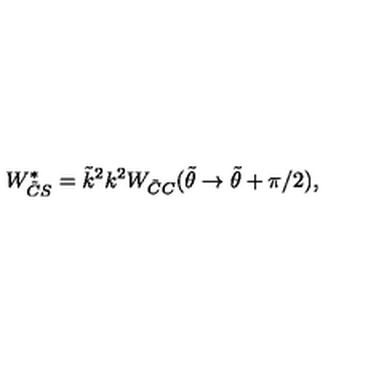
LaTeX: W _ { \tilde { C } S } ^ { * } = \tilde { k } ^ { 2 } k ^ { 2 } W _ { \tilde { C } C } ( \tilde { \theta } \rightarrow \tilde { \theta } + \pi / 2 ) ,